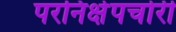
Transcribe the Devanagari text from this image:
परनिक्षेपचोरी